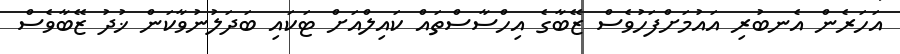
އަހަރެން އެނބުރި އައުމަށްފަހުވެސް ޒޭބާގެ އިހްސާސްތައް ކައިލްއަށް ޓަކައި ބަދަލުނުވާކަން ޚުދު ޒޭބާވެސް